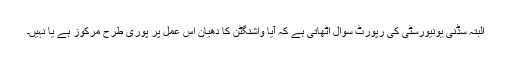
البتہ سڈنی یونیورسٹی کی رپورٹ سوال اٹھاتی ہے کہ آیا واشنگٹن کا دھیان اس عمل پر پوری طرح مرکوز ہے یا نہیں۔